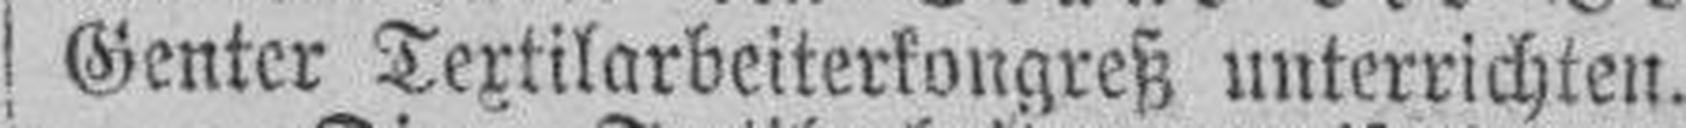
Genter Textilarbeiterkongreß unterrichten.